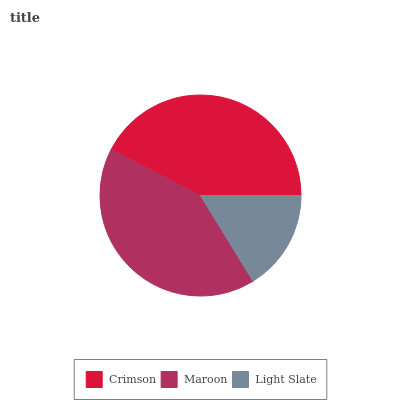
| Crimson | Maroon | Light Slate |
 | --- | --- | --- |
 | 42.4% | 41.3% | 16.2% |